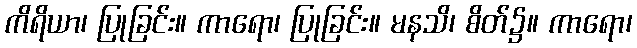
ကိရိယာ၊ ပြုခြင်း။ ကာရော၊ ပြုခြင်း။ မနသိ၊ စိတ်၌။ ကာရော၊